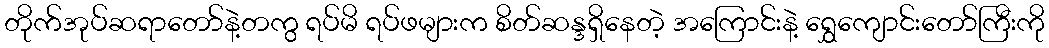
တိုက်အုပ်ဆရာတော်နဲ့တကွ ရပ်မိ ရပ်ဖများက စိတ်ဆန္ဒရှိနေတဲ့ အကြောင်းနဲ့ ရွှေကျောင်းတော်ကြီးကို